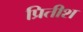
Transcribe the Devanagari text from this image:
प्रितीश